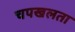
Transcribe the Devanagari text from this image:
चपखलता